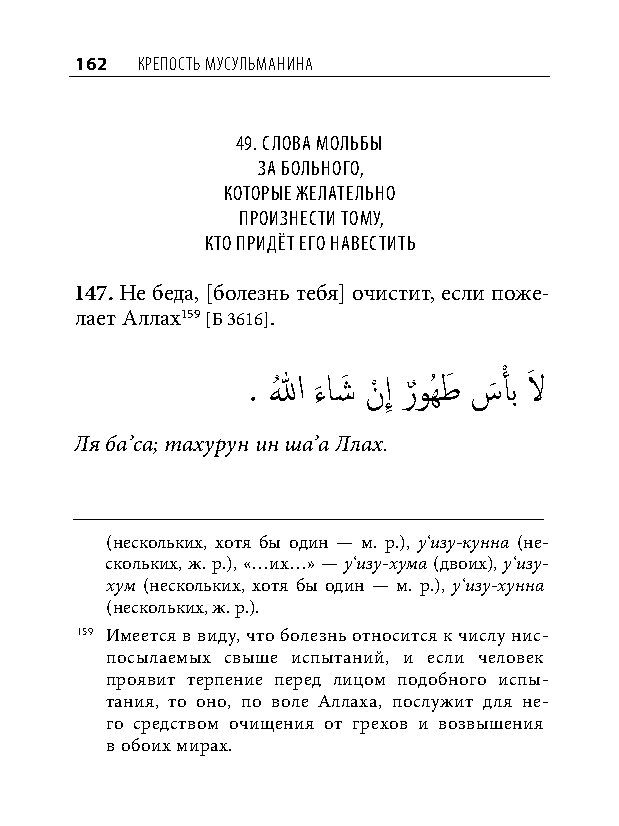
162 КреПость мусульманина
 49. Слова мольбы
 за больного,
 которые желательно
 произнеСти тому,
 кто придёт его навеСтить
 147. Не беда, [болезнь тебя] очистит, если поже-
 лает Аллах159 [Б 3616].
 . اللهُ ء
 َ
 اشَ نْ إِ رٌ وُهطَ سَ أْ ب لاَ
 Ля ба’са; тахурун ин ша’а Ллах.
 (нескольких, хотя бы один — м. р.), у‘изу-кунна (не-
 скольких, ж. р.), «…их…» — у‘изу-хума (двоих), у‘изу-
 хум (нескольких, хотя бы один — м. р.), у‘изу-хунна
 (нескольких, ж. р.).
 159 Имеется в виду, что болезнь относится к числу нис-
 посылаемых свыше испытаний, и если человек
 проявит терпение перед лицом подобного испы-
 тания, то оно, по воле Аллаха, послужит для не-
 го средством очищения от грехов и возвышения
 в обоих мирах.